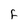
Character: F